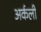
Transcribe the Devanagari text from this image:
अर्कली